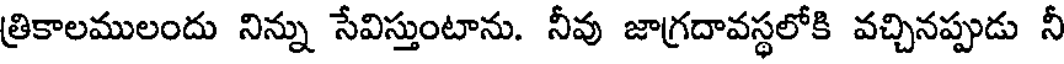
త్రికాలములందు నిన్ను సేవిస్తుంటాను. నీవు జాగ్రదావస్థలోకి వచ్చినప్పుడు నీ